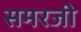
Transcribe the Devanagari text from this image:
समरजी